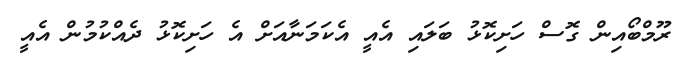
ރޫމްބޯއިން ގޮސް ހަށިކޮޅު ބަލައި އެއީ އެކަމަނާއަށް އެ ހަށިކޮޅު ދެއްކުމުން އެއީ